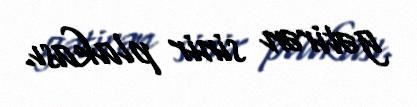
gətirən sinir plakası.